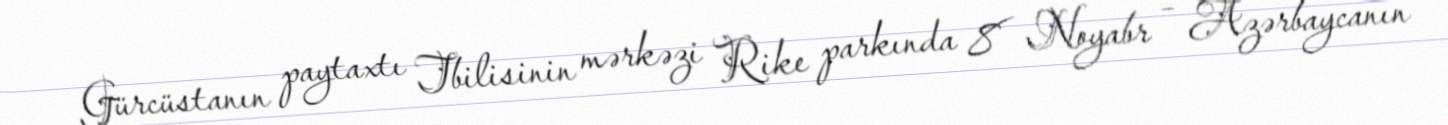
Gürcüstanın paytaxtı Tbilisinin mərkəzi Rike parkında 8 Noyabr – Azərbaycanın